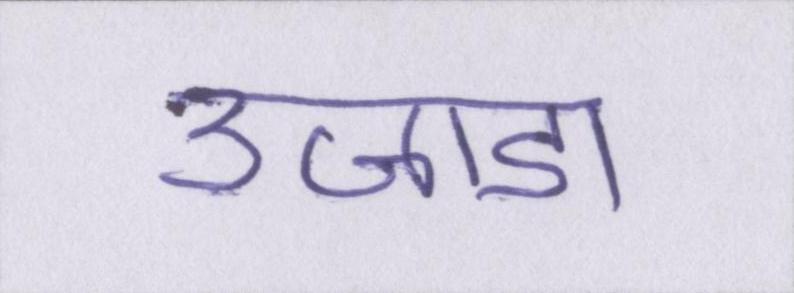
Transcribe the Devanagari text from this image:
उजाडा